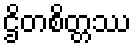
ဌိတစိတ္တဿ